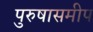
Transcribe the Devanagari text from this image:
पुरुषासमीप